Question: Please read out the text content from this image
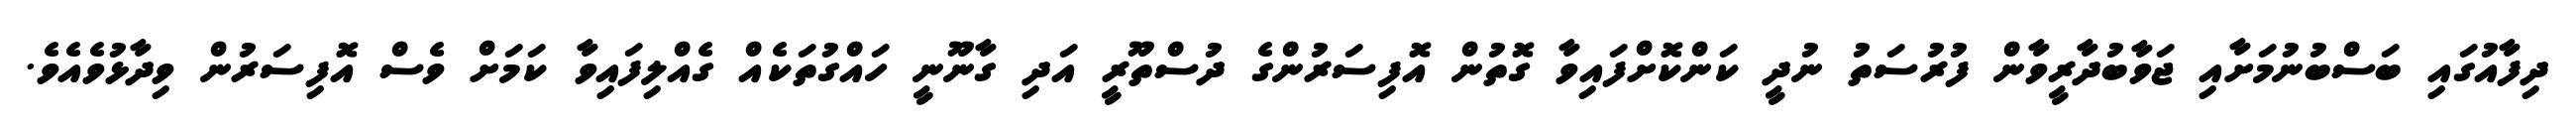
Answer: ދިފާއުގައި ބަސްބުނުމަށާއި ޖަވާބުދާރީވާން ފުރުސަތު ނުދީ ކަންކޮށްފައިވާ ގޮތުން އޮފިސަރުންގެ ދުސްތޫރީ އަދި ގާނޫނީ ހައްގުތަކެއް ގެއްލިފައިވާ ކަމަށް ވެސް އޮފިސަރުން ވިދާޅުވެއެވެ.